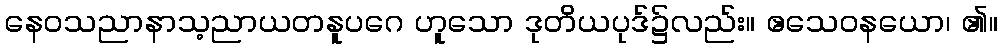
နေဝသညာနာသ့ညာယတနူပဂေ ဟူသော ဒုတိယပုဒ်၌လည်း။ ဧသေဝနယော၊ ၏။